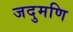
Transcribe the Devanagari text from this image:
जदुमणि